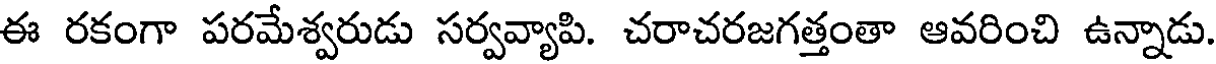
ఈ రకంగా పరమేశ్వరుడు సర్వవ్యాపి. చరాచరజగత్తంతా ఆవరించి ఉన్నాడు.